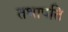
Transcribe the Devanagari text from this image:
तथापति